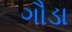
ગૌડા